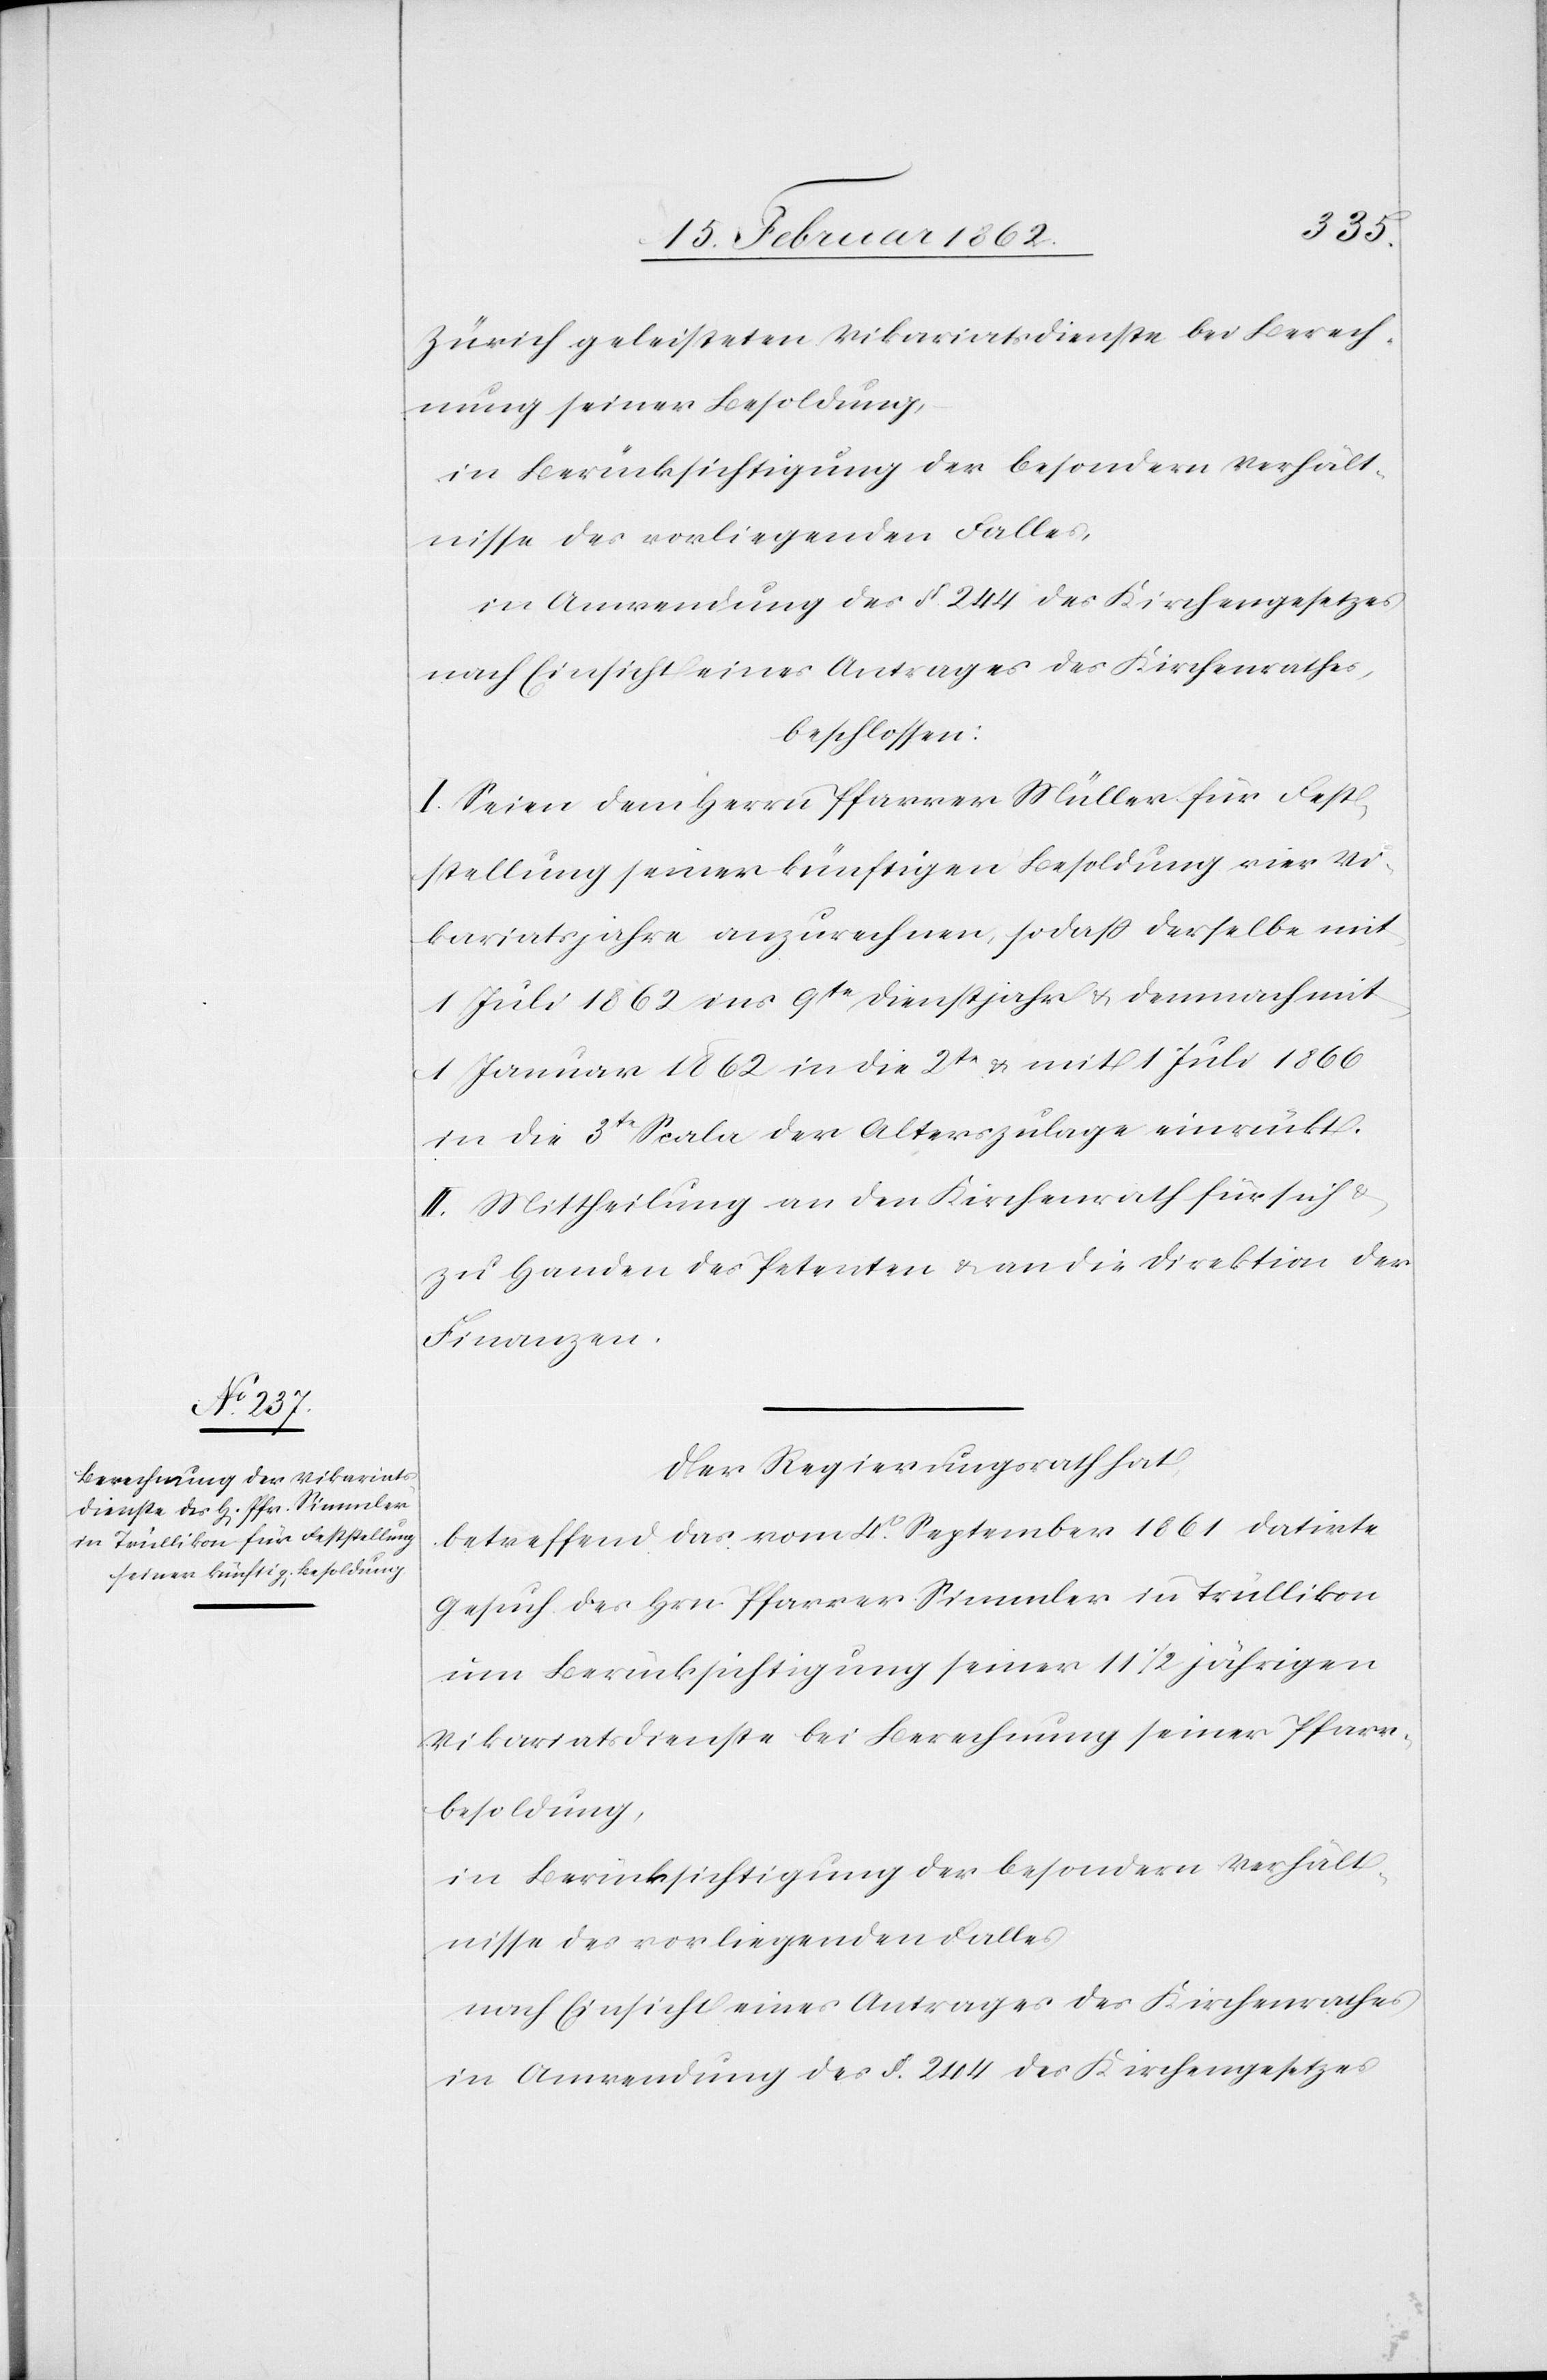
Zürich geleisteten Vikariatsdienste bei Berech¬
nung seiner Besoldung,
in Berücksichtigung der besondern Verhält¬
nisse des vorliegenden Falles,
in Anwendung des §. 244 des Kirchengesetzes
nach Einsicht eines Antrages des Kirchenrathes,
beschlossen:
I. Seien dem Herrn Pfarrer Müller für Fest¬
stellung seiner künftigen Besoldung vier Vi¬
kariatsjahre anzurechnen, sodaß derselbe mit
1. Juli 1862 ins 9te Dienstjahr & demnach mit
1 Januar 1862 in die 2te & mit 1 Juli 1866
in die 3te Scala der Alterszulage einrückt.
II. Mittheilung an den Kirchenrath für sich &
zu Handen des Petenten & an die Direktion der
Finanzen.
Der Regierungsrath hat,
betreffend das vom 4t. September 1861 datirte
Gesuch des Hrn Pfarrer Simmler in Trüllikon
um Berücksichtigung seiner 111/2jährigen
Vikariatsdienste bei Berechnung seiner Pfarr¬
besoldung,
in Berücksichtigung der besondern Verhält¬
nisse des vorliegenden Falles
nach Einsicht eines Antrages des Kirchenrathes
in Anwendung des §. 244 des Kirchengesetzes